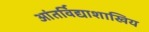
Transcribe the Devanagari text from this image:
आंतर्विद्याशाखिय